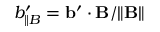
b _ { \parallel B } ^ { \prime } = { \bf { b } } ^ { \prime } \cdot { \bf { B } } / \| { \bf { B } } \|